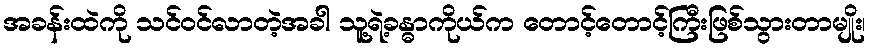
အခန်းထဲကို သင်ဝင်လာတဲ့အခါ သူ့ရဲ့ခန္ဓာကိုယ်က တောင့်တောင့်ကြီးဖြစ်သွားတာမျိုး၊